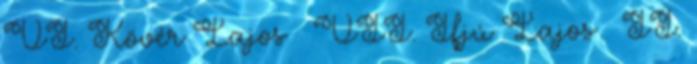
VI. Kövér Lajos · VII. Ifjú Lajos · II.